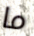
ما